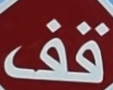
قف